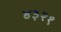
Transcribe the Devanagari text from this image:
४३२१